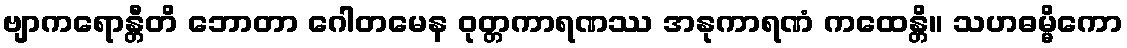
ဗျာကရောန္တီတိ ဘောတာ ဂေါတမေန ဝုတ္တကာရဏဿ အနုကာရဏံ ကထေန္တိ။ သဟဓမ္မိကော